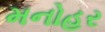
મનોહર